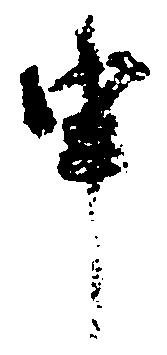
申